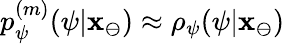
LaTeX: p_{\psi}^{(m)}(\psi|\mathbf{x}_{\ominus})\approx\rho_{\psi}(\psi|\mathbf{x}_{\ominus})